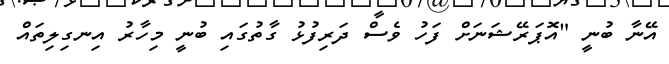
އޭނާ ބުނީ "އޮޕަރޭޝަނަށް ފަހު ވެސް ދަރިފުޅު ގާތުގައި ބުނީ މިހާރު އިނގިލިތައް